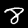
Digit: 8